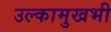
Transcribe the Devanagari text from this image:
उल्कामुखभी